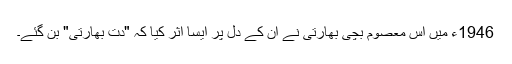
1946ء میں اس معصوم بچی بھارتی نے ان کے دل پر ایسا اثر کیا کہ "دت بھارتی" بن گئے۔